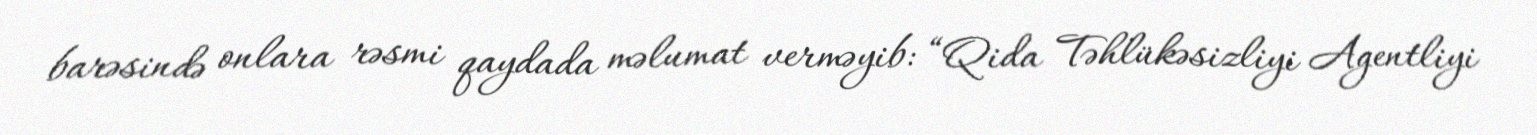
barəsində onlara rəsmi qaydada məlumat verməyib: “Qida Təhlükəsizliyi Agentliyi